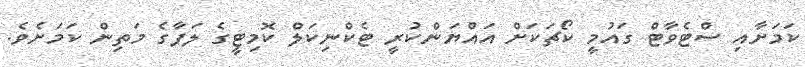
ކަމަށާއި ސްޓެވާޓް ގައުމީ ކޯޗަކަށް އައްޔަންކުރީ ޓެކްނިކަލް ކޮމިޓީގެ ލަފާގެ މަތިން ކަމަށެވެ.